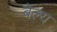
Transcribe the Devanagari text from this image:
बेल्य